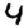
Digit: 4